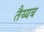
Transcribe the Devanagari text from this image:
तैय्यब